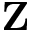
\mathbf { Z }